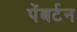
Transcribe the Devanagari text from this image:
पेंबर्टन